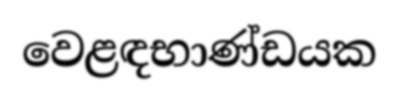
වෙළඳභාණ්ඩයක